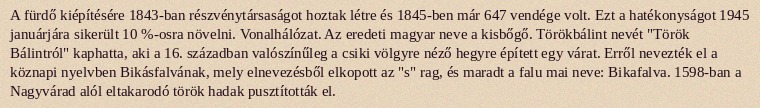
A fürdő kiépítésére 1843-ban részvénytársaságot hoztak létre és 1845-ben már 647 vendége volt. Ezt a hatékonyságot 1945 januárjára sikerült 10 %-osra növelni. Vonalhálózat. Az eredeti magyar neve a kisbőgő. Törökbálint nevét "Török Bálintról" kaphatta, aki a 16. században valószínűleg a csiki völgyre néző hegyre épített egy várat. Erről nevezték el a köznapi nyelvben Bikásfalvának, mely elnevezésből elkopott az "s" rag, és maradt a falu mai neve: Bikafalva. 1598-ban a Nagyvárad alól eltakarodó török hadak pusztították el.